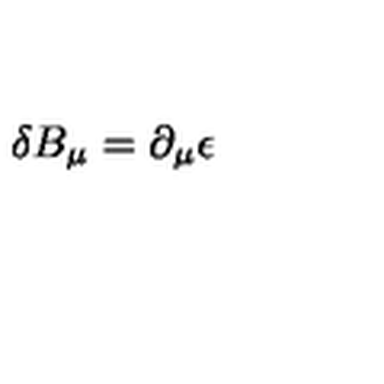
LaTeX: \delta B _ { \mu } = \partial _ { \mu } \epsilon